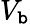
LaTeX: V_{\mathtt{b}}